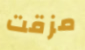
مزقت